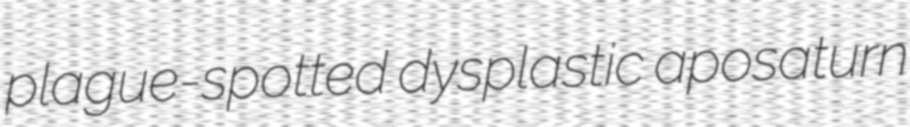
plague-spotted dysplastic aposaturn